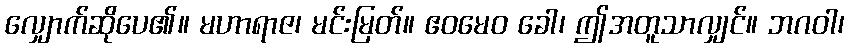
လျှောက်ဆိုပေ၏။ မဟာရာဇ၊ မင်းမြတ်။ ဧဝမေဝ ခေါ၊ ဤအတူသာလျှင်။ ဘဂဝါ၊